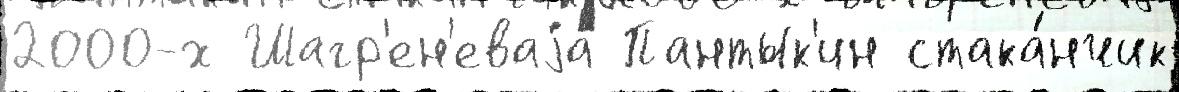
2000-х Шагр'ен'еваjа Пантык'ин стака́нчик